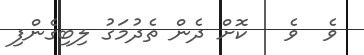
ވެ  ވެ   ކޮށް ދެން ތެދުމަގު ލިބިގެންފި